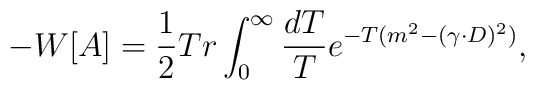
-W[A]={1\over2}Tr\int_0^\infty\frac{dT}{T}e^{-T(m^2-(\gamma\cdot D)^2)},